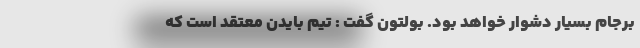
برجام بسیار دشوار خواهد بود. بولتون گفت : تیم بایدن معتقد است که